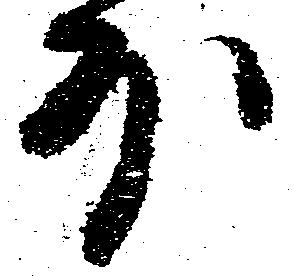
外